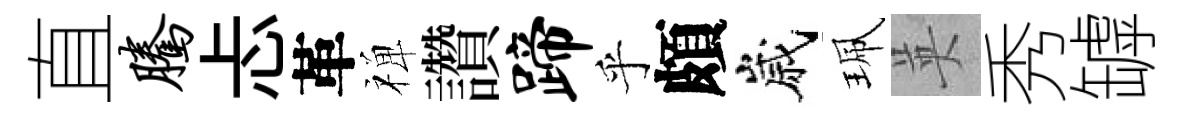
直腾忐革禅讚蹄乎頗嵗珮英秀罅